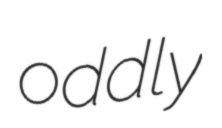
oddly